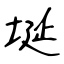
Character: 埏